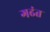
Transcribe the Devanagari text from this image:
गढंत